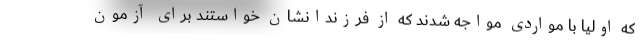
که اولیا با مواردی مواجه شدند که از فرزندانشان خواستند برای آزمون